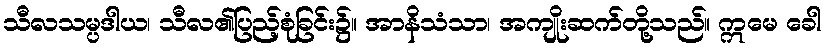
သီလသမ္ပဒါယ၊ သီလ၏ပြည့်စုံခြင်း၌။ အာနိသံသာ၊ အကျိုးဆက်တို့သည်။ ဣမေ ခေါ